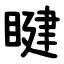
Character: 睷